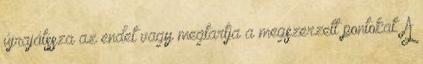
újrajátssza az endet vagy megtartja a megszerzett pontokat. A